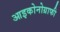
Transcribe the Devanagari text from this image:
आइकोनोग्राफी